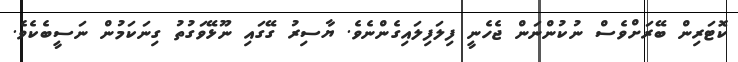
ކޮޓަރިން ބޭރަށްވެސް ނުކުންނަން ޖެހެނީ ފިލަފިލައިގެންނެވެ. ޔާސިރު ގޭގައި ނޫޅޭވަގުތު ގިނަކަމުން ނަސީބެކެވެ.